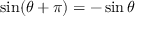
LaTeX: \sin ( \theta + \pi ) = - \sin \theta